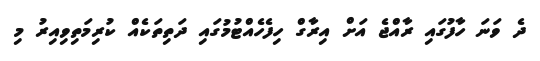
ދެ ވަނަ ހާފުގައި ރާއްޖެ އަށް އިރާގް ހިފެހެއްޓުމުގައި ދަތިތަކެއް ކުރިމަތިވިއިރު މި